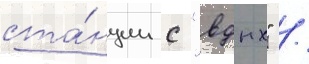
ста́нции с "вднх" /